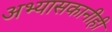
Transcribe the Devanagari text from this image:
अभ्यासकानीही